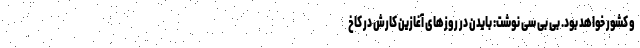
و کشور خواهد بود. بی بی سی نوشت: بایدن در روزهای آغازین کارش در کاخ